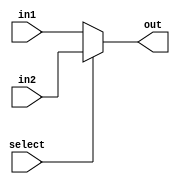
module MUX2(
    input select,
    input [BITS-1:0] in1,
    input [BITS-1:0] in2,
    output wire [BITS-1:0] out
    );
	 
	 parameter BITS = 32;
	 
	 assign out = (select == 0) ? in1 : // select input 1
					  (select == 1) ? in2 : 32'hXXXXXXXX; // select input 2
endmodule